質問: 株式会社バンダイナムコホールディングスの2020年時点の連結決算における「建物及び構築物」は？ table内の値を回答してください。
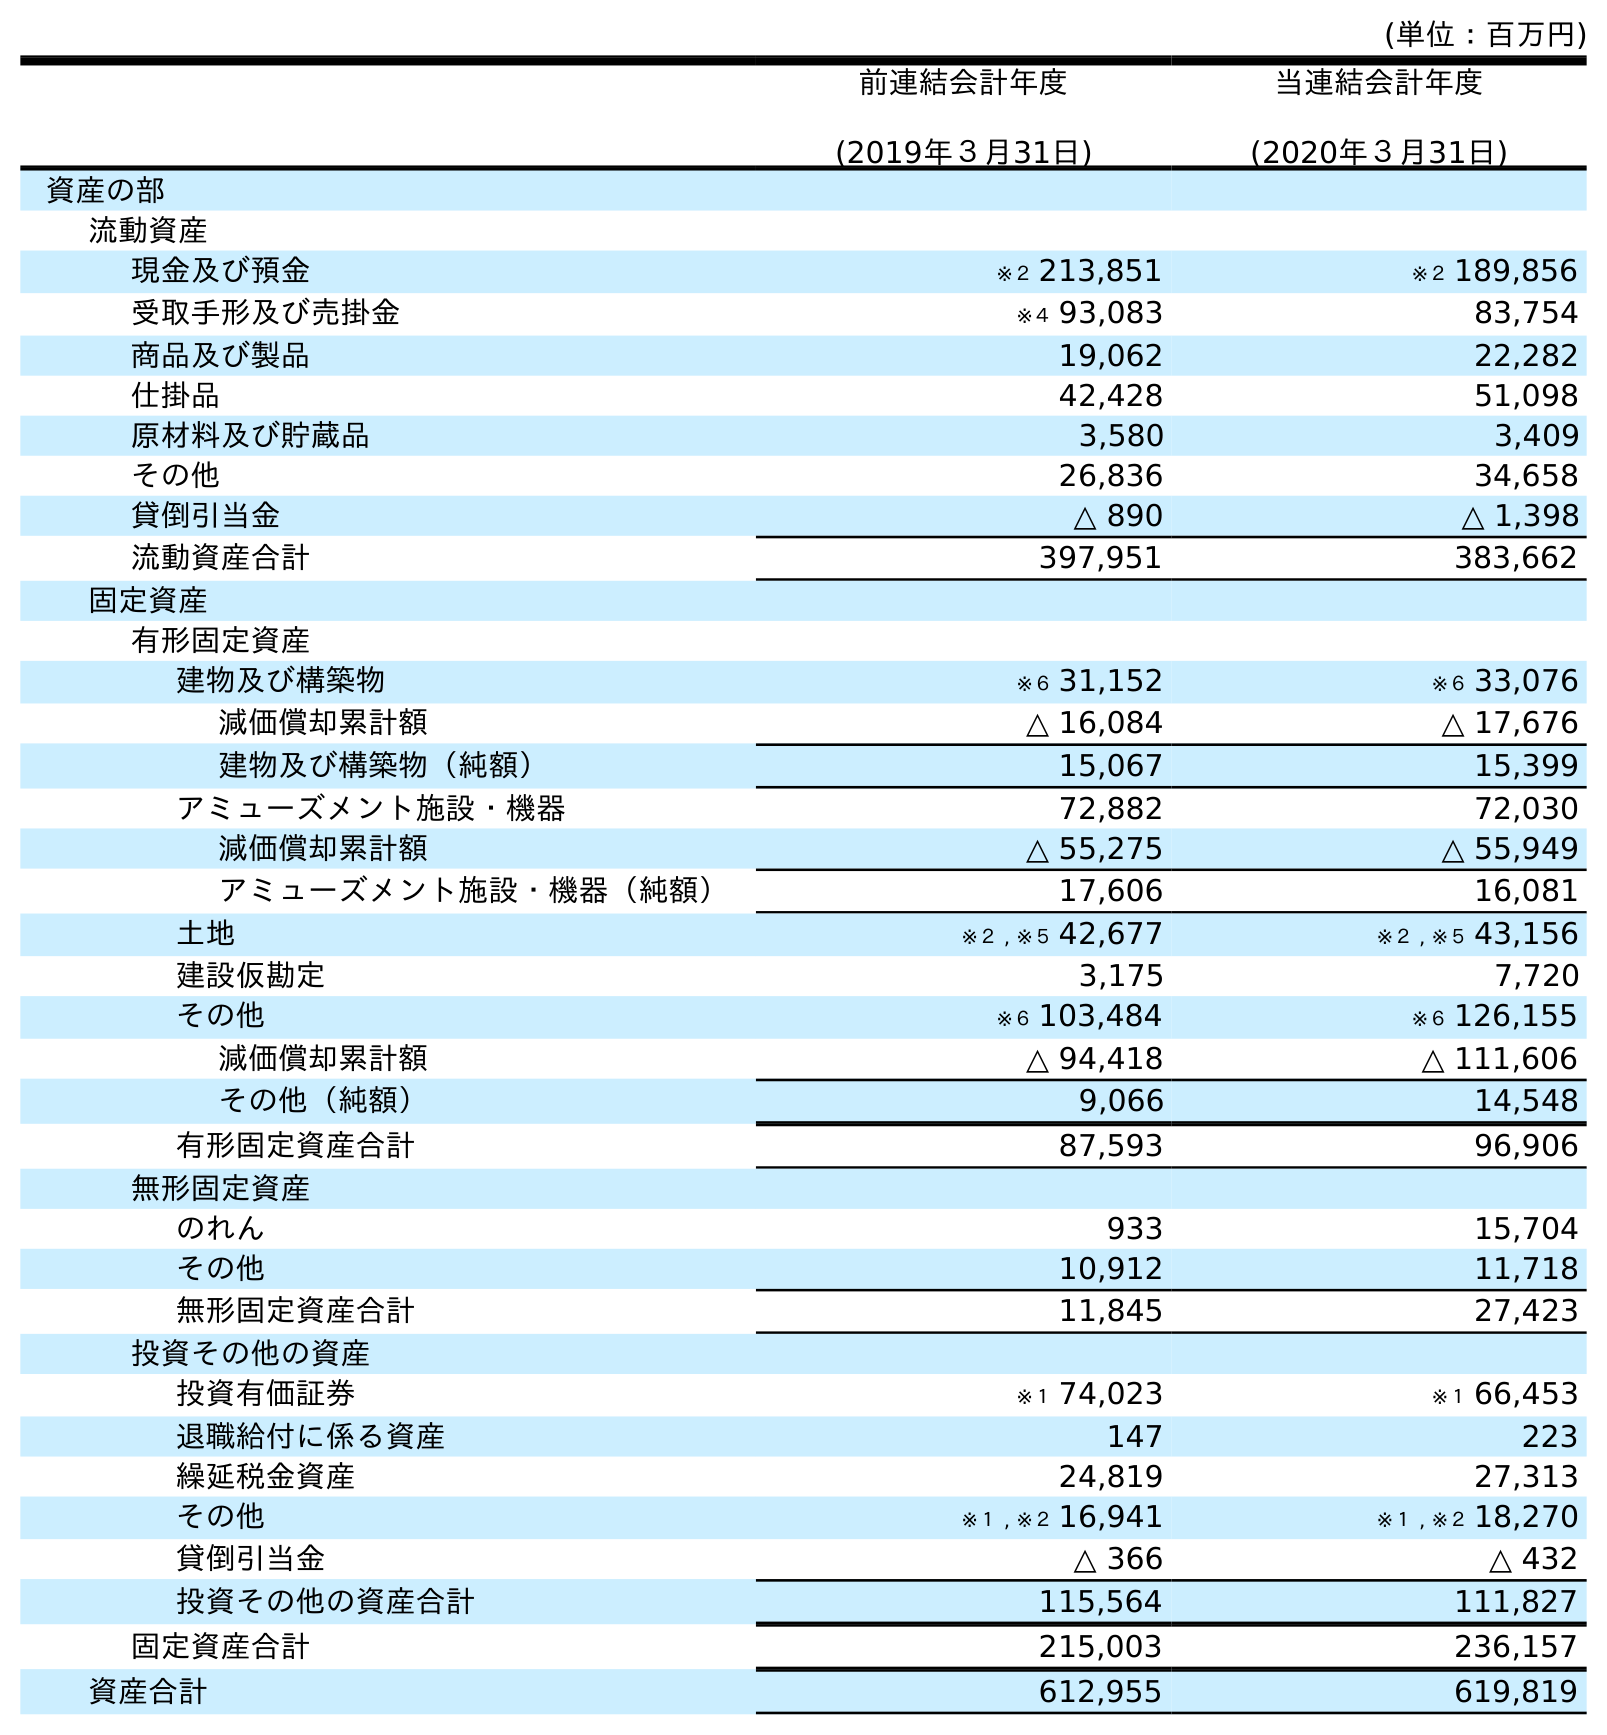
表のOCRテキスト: (単位：百万円) 前連結会計年度 (2019年３月31日) 当連結会計年度 (2020年３月31日) 資産の部 流動資産 現金及び預金 ※２ 213,851 ※２ 189,856 受取手形及び売掛金 ※４ 93,083 83,754 商品及び製品 19,062 22,282 仕掛品 42,428 51,098 原材料及び貯蔵品 3,580 3,409 その他 26,836 34,658 貸倒引当金 △ 890 △ 1,398 流動資産合計 397,951 383,662 固定資産 有形固定資産 建物及び構築物 ※６ 31,152 ※６ 33,076 減価償却累計額 △ 16,084 △ 17,676 建物及び構築物（純額） 15,067 15,399 アミューズメント施設・機器 72,882 72,030 減価償却累計額 △ 55,275 △ 55,949 アミューズメント施設・機器（純額） 17,606 16,081 土地 ※２ , ※５ 42,677 ※２ , ※５ 43,156 建設仮勘定 3,175 7,720 その他 ※６ 103,484 ※６ 126,155 減価償却累計額 △ 94,418 △ 111,606 その他（純額） 9,066 14,548 有形固定資産合計 87,593 96,906 無形固定資産 のれん 933 15,704 その他 10,912 11,718 無形固定資産合計 11,845 27,423 投資その他の資産 投資有価証券 ※１ 74,023 ※１ 66,453 退職給付に係る資産 147 223 繰延税金資産 24,819 27,313 その他 ※１ , ※２ 16,941 ※１ , ※２ 18,270 貸倒引当金 △ 366 △ 432 投資その他の資産合計 115,564 111,827 固定資産合計 215,003 236,157 資産合計 612,955 619,819
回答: ※６33,076